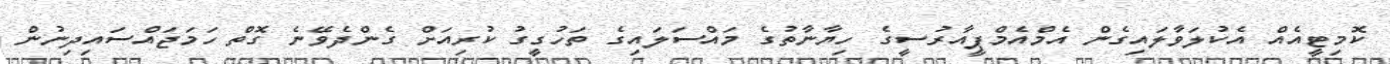
ކޮމިޓީއެއް އެކުލަވާލައިގެން އެމްއެމްޕީއާރުސީގެ ހިޔާނާތުގެ މައްސަލައިގެ ތަހުގީގު ކުރިއަށް ގެންދެވޭނެ ގޮތް ހަމަޖައްސައިދިނުން